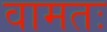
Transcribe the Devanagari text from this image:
वामतः